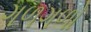
ગળગળો